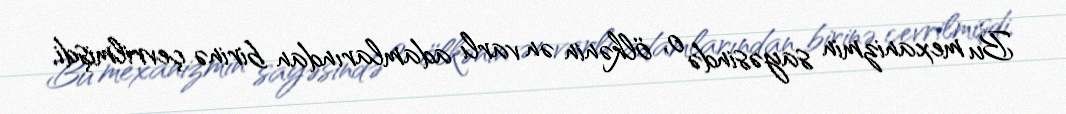
Bu mexanizmin sayəsində o, ölkənin ən varlı adamlarından birinə çevrilmişdi,